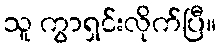
သူ ကွာရှင်းလိုက်ပြီ။